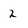
Character: 2